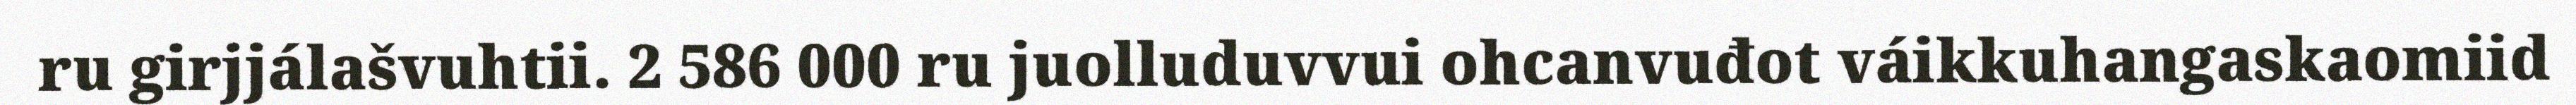
ru girjjálašvuhtii. 2 586 000 ru juolluduvvui ohcanvuđot váikkuhangaskaomiid